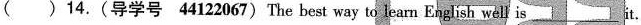
( )14.(导学号 4122067) The best way to learn English well is ___ it.